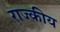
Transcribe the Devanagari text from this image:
राज्कीय